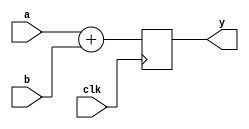
module example_module (
    input wire clk,        // Clock input for sequential logic
    input wire [3:0] a,   // 4-bit input signal a
    input wire [3:0] b,   // 4-bit input signal b
    output reg [3:0] y    // 4-bit output signal y
);

// Always block sensitive to the clock signal
always @(posedge clk) begin
    // Non-blocking assignment to update output y based on inputs a and b
    y <= a + b; // Example logic: output y is the sum of inputs a and b
end

endmodule